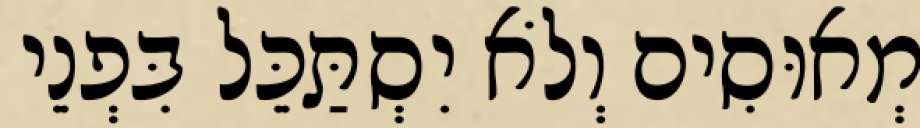
מְאוּסִים וְלֹא יִסְתַּכֵּל בִּפְנֵי